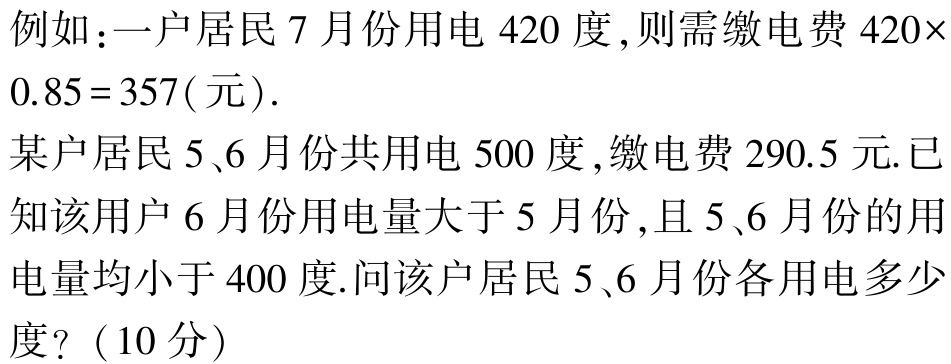
例如：一户居民 7 月份用电 420 度,则需缴电费 \(420\times0.85 = 357(\)元\().\)

某户居民 5、6 月份共用电 500 度,缴电费 290.5 元.已知该用户 6 月份用电量大于 5 月份,且 5、6 月份的用电量均小于 400 度.问该户居民 5、6 月份各用电多少度?（10 分）